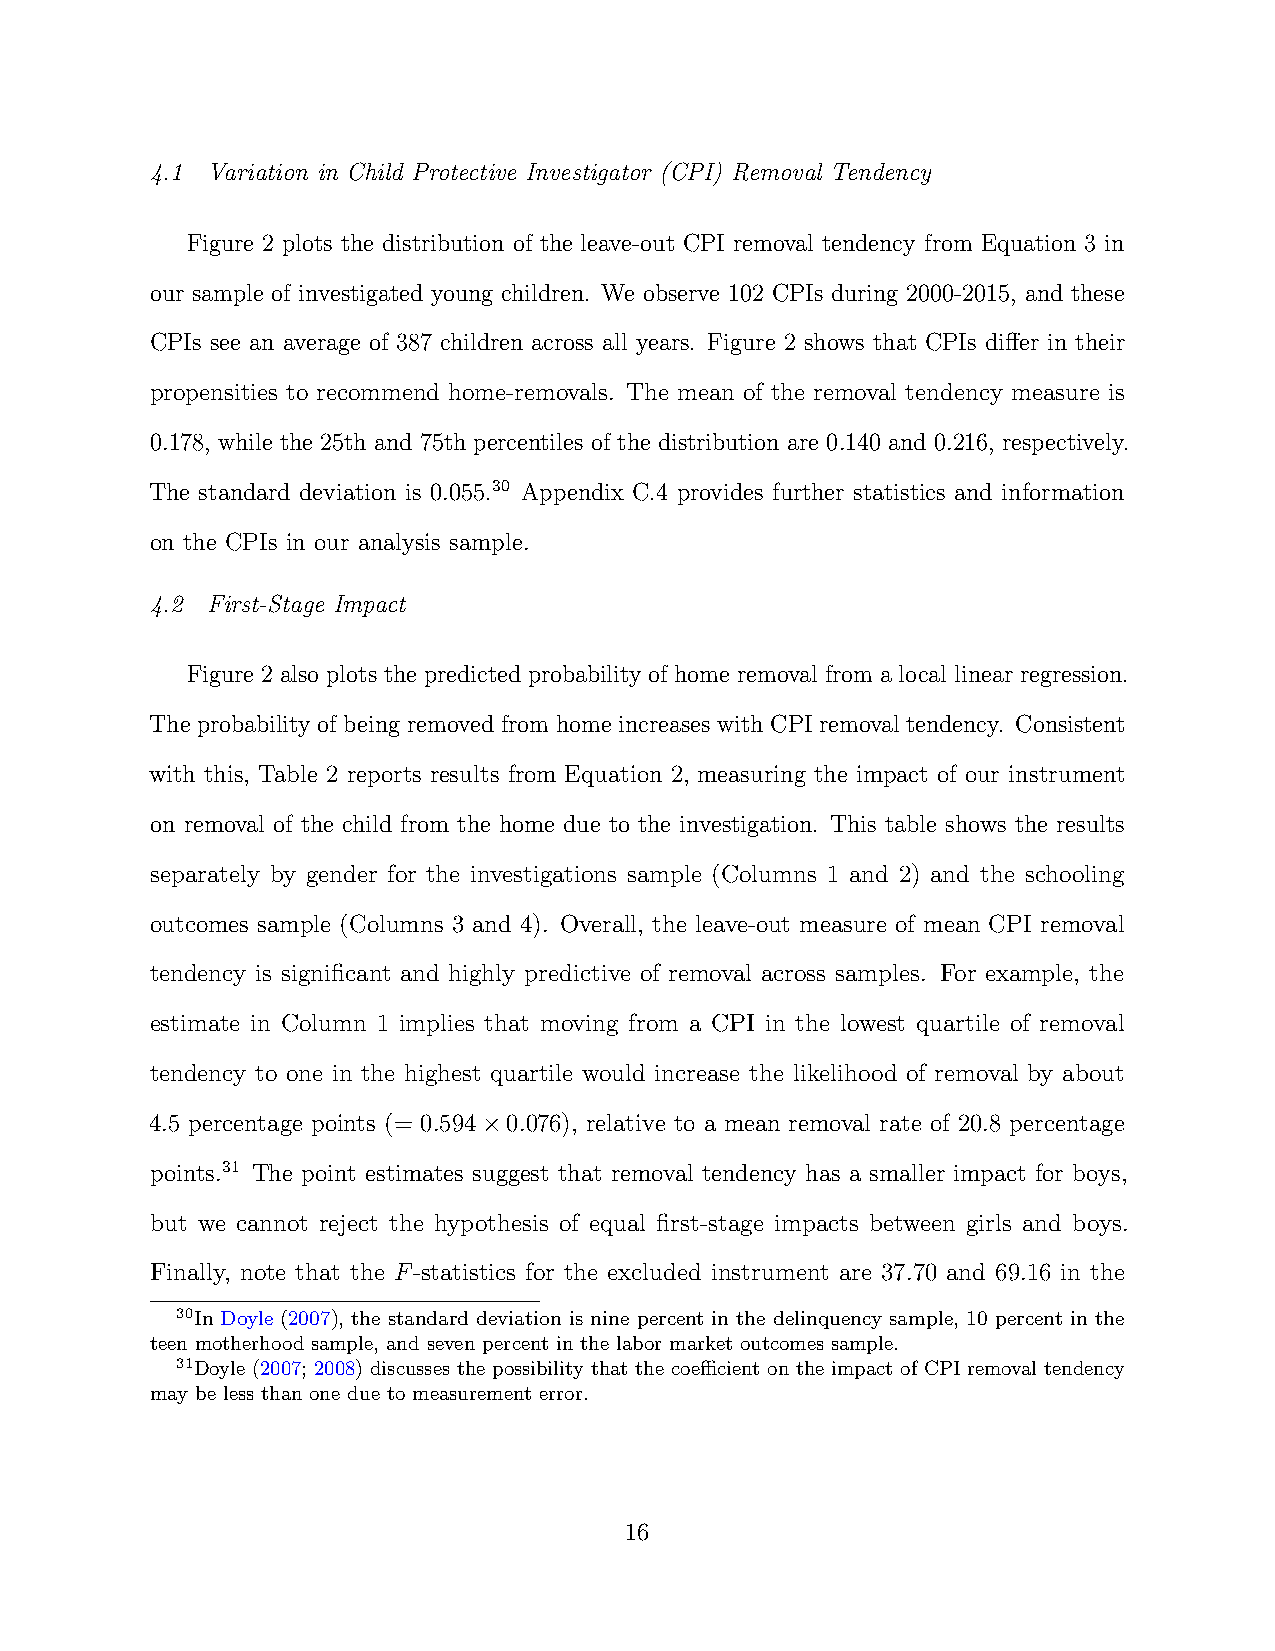
4.1 Variation in Child Protective Investigator (CPI) Removal Tendency
 Figure 2 plots the distribution of the leave-out CPI removal tendency from Equation 3 in
 our sample of investigated young children. We observe 102 CPIs during 2000-2015, and these
 CPIs see an average of 387 children across all years. Figure 2 shows that CPIs differ in their
 propensities to recommend home-removals. The mean of the removal tendency measure is
 0.178, while the 25th and 75th percentiles of the distribution are 0.140 and 0.216, respectively.
 The standard deviation is 0.055.30 Appendix C.4 provides further statistics and information
 on the CPIs in our analysis sample.
 4.2 First-Stage Impact
 Figure 2 also plots the predicted probability of home removal from a local linear regression.
 The probability of being removed from home increases with CPI removal tendency. Consistent
 with this, Table 2 reports results from Equation 2, measuring the impact of our instrument
 on removal of the child from the home due to the investigation. This table shows the results
 separately by gender for the investigations sample (Columns 1 and 2) and the schooling
 outcomes sample (Columns 3 and 4). Overall, the leave-out measure of mean CPI removal
 tendency is significant and highly predictive of removal across samples. For example, the
 estimate in Column 1 implies that moving from a CPI in the lowest quartile of removal
 tendency to one in the highest quartile would increase the likelihood of removal by about
 4.5 percentage points (= 0.594 0.076), relative to a mean removal rate of 20.8 percentage
 ×
 points.31 The point estimates suggest that removal tendency has a smaller impact for boys,
 but we cannot reject the hypothesis of equal first-stage impacts between girls and boys.
 Finally, note that the F-statistics for the excluded instrument are 37.70 and 69.16 in the
 30In Doyle (2007), the standard deviation is nine percent in the delinquency sample, 10 percent in the
 teen motherhood sample, and seven percent in the labor market outcomes sample.
 31Doyle (2007; 2008) discusses the possibility that the coefficient on the impact of CPI removal tendency
 may be less than one due to measurement error.
 16